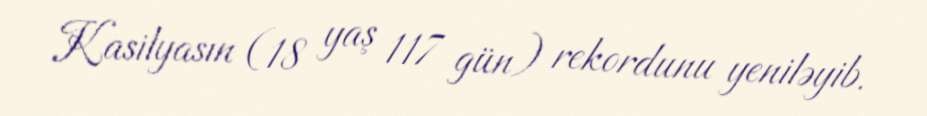
Kasilyasın (18 yaş 117 gün) rekordunu yeniləyib.